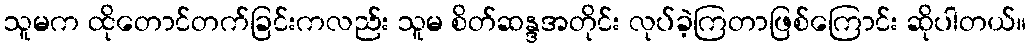
သူမက ထိုတောင်တက်ခြင်းကလည်း သူမ စိတ်ဆန္ဒအတိုင်း လုပ်ခဲ့ကြတာဖြစ်ကြောင်း ဆိုပါတယ်။